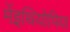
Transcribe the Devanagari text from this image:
मेंइथियोपिया